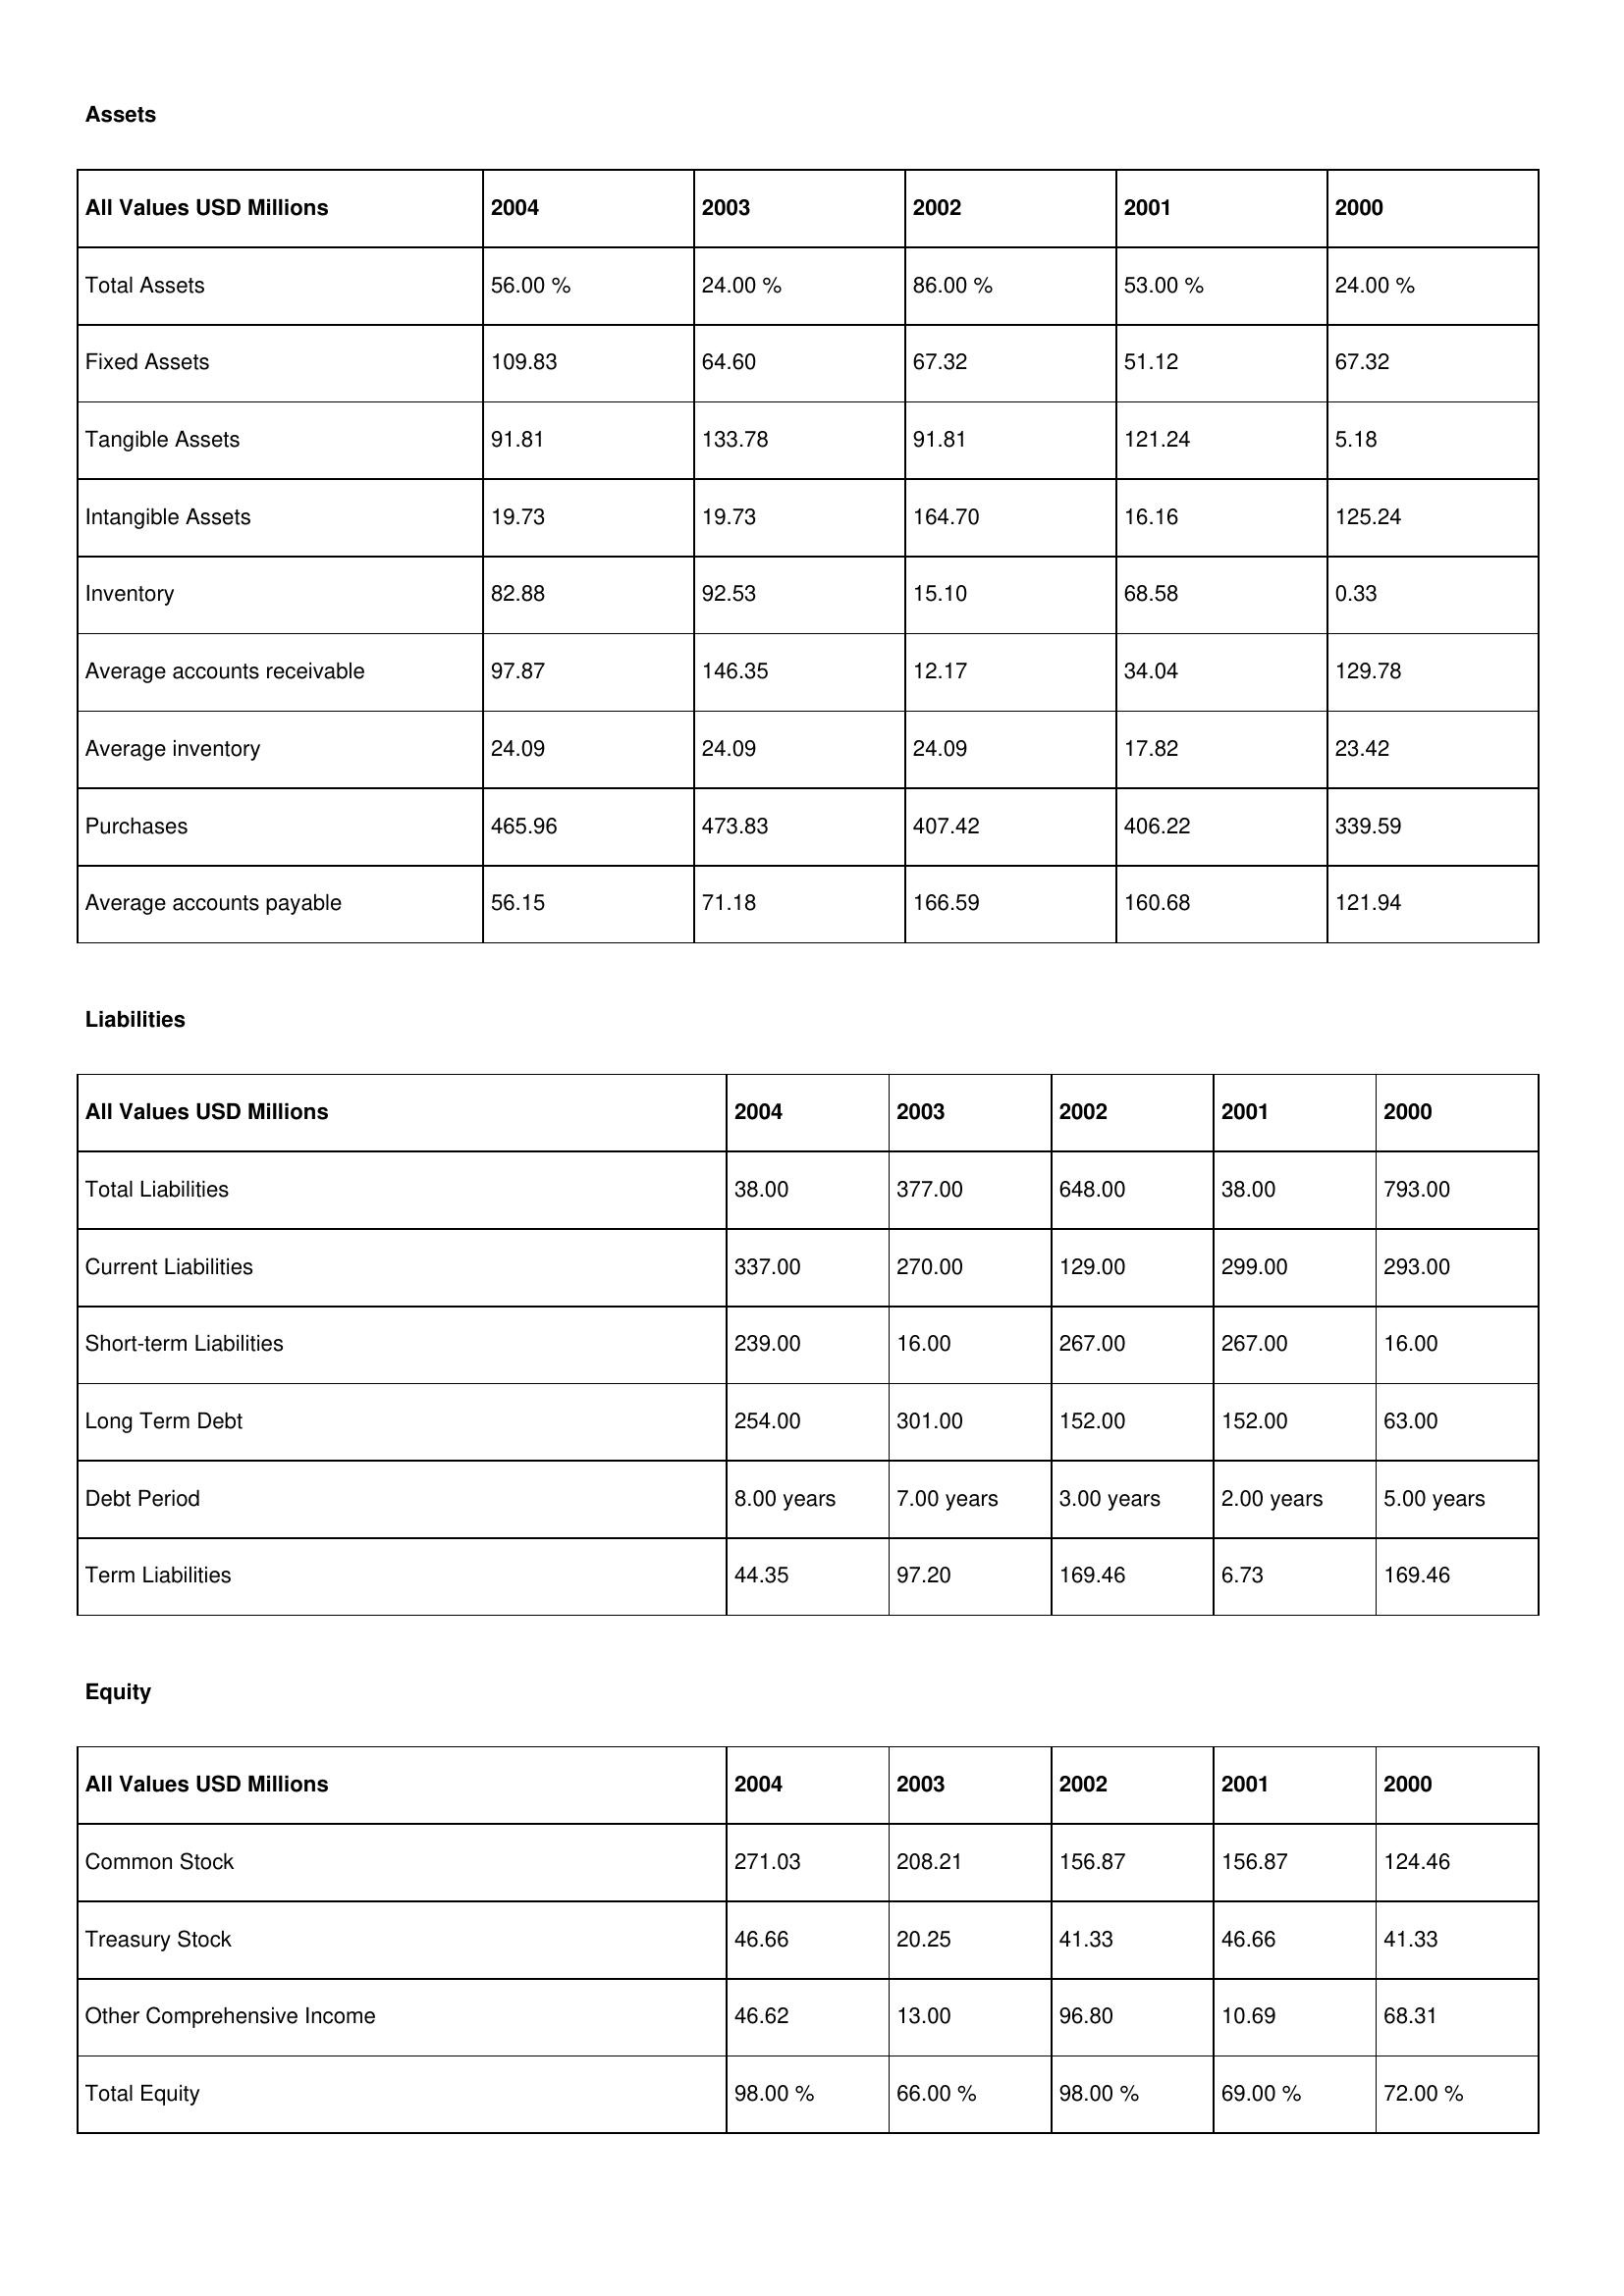
gt_parse: 2004: Assets: Total Assets: 56.00 %
Fixed Assets: 109.83
Tangible Assets: 91.81
Intangible Assets: 19.73
Inventory: 82.88
Average accounts receivable: 97.87
Average inventory: 24.09
Purchases: 465.96
Average accounts payable: 56.15
Liabilities: Total Liabilities: 38.00
Current Liabilities: 337.00
Short-term Liabilities: 239.00
Long Term Debt: 254.00
Debt Period: 8.00 years
Term Liabilities: 44.35
Equity: Common Stock: 271.03
Treasury Stock: 46.66
Other Comprehensive Income: 46.62
Total Equity: 98.00 %
2003: Assets: Total Assets: 24.00 %
Fixed Assets: 64.60
Tangible Assets: 133.78
Intangible Assets: 19.73
Inventory: 92.53
Average accounts receivable: 146.35
Average inventory: 24.09
Purchases: 473.83
Average accounts payable: 71.18
Liabilities: Total Liabilities: 377.00
Current Liabilities: 270.00
Short-term Liabilities: 16.00
Long Term Debt: 301.00
Debt Period: 7.00 years
Term Liabilities: 97.20
Equity: Common Stock: 208.21
Treasury Stock: 20.25
Other Comprehensive Income: 13.00
Total Equity: 66.00 %
2002: Assets: Total Assets: 86.00 %
Fixed Assets: 67.32
Tangible Assets: 91.81
Intangible Assets: 164.70
Inventory: 15.10
Average accounts receivable: 12.17
Average inventory: 24.09
Purchases: 407.42
Average accounts payable: 166.59
Liabilities: Total Liabilities: 648.00
Current Liabilities: 129.00
Short-term Liabilities: 267.00
Long Term Debt: 152.00
Debt Period: 3.00 years
Term Liabilities: 169.46
Equity: Common Stock: 156.87
Treasury Stock: 41.33
Other Comprehensive Income: 96.80
Total Equity: 98.00 %
2001: Assets: Total Assets: 53.00 %
Fixed Assets: 51.12
Tangible Assets: 121.24
Intangible Assets: 16.16
Inventory: 68.58
Average accounts receivable: 34.04
Average inventory: 17.82
Purchases: 406.22
Average accounts payable: 160.68
Liabilities: Total Liabilities: 38.00
Current Liabilities: 299.00
Short-term Liabilities: 267.00
Long Term Debt: 152.00
Debt Period: 2.00 years
Term Liabilities: 6.73
Equity: Common Stock: 156.87
Treasury Stock: 46.66
Other Comprehensive Income: 10.69
Total Equity: 69.00 %
2000: Assets: Total Assets: 24.00 %
Fixed Assets: 67.32
Tangible Assets: 5.18
Intangible Assets: 125.24
Inventory: 0.33
Average accounts receivable: 129.78
Average inventory: 23.42
Purchases: 339.59
Average accounts payable: 121.94
Liabilities: Total Liabilities: 793.00
Current Liabilities: 293.00
Short-term Liabilities: 16.00
Long Term Debt: 63.00
Debt Period: 5.00 years
Term Liabilities: 169.46
Equity: Common Stock: 124.46
Treasury Stock: 41.33
Other Comprehensive Income: 68.31
Total Equity: 72.00 %